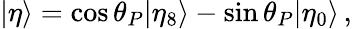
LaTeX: |\eta\rangle=\cos\theta_{P}|\eta_{8}\rangle-\sin\theta_{P}|\eta_{0}\rangle\, ,